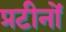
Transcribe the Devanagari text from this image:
प्रटीनों